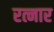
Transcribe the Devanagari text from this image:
रत्नार